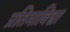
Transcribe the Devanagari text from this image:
प्रतिमाविद्या